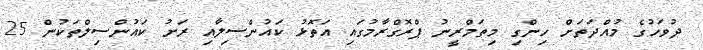
ދުވަހުގެ މުއްދަތަށް ހިންގި މިތަމްރީނު ޕްރޮގްރާމުގައި އަތޮޅު ކައުންސިލާއި ރަށު ކައުންސިލްތަކުން 25